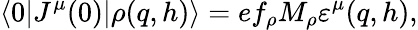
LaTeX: \langle 0|J^{\mu}(0)|\rho(q,h)\rangle=ef_{\rho}M_{\rho}\varepsilon^{\mu}(q,h),